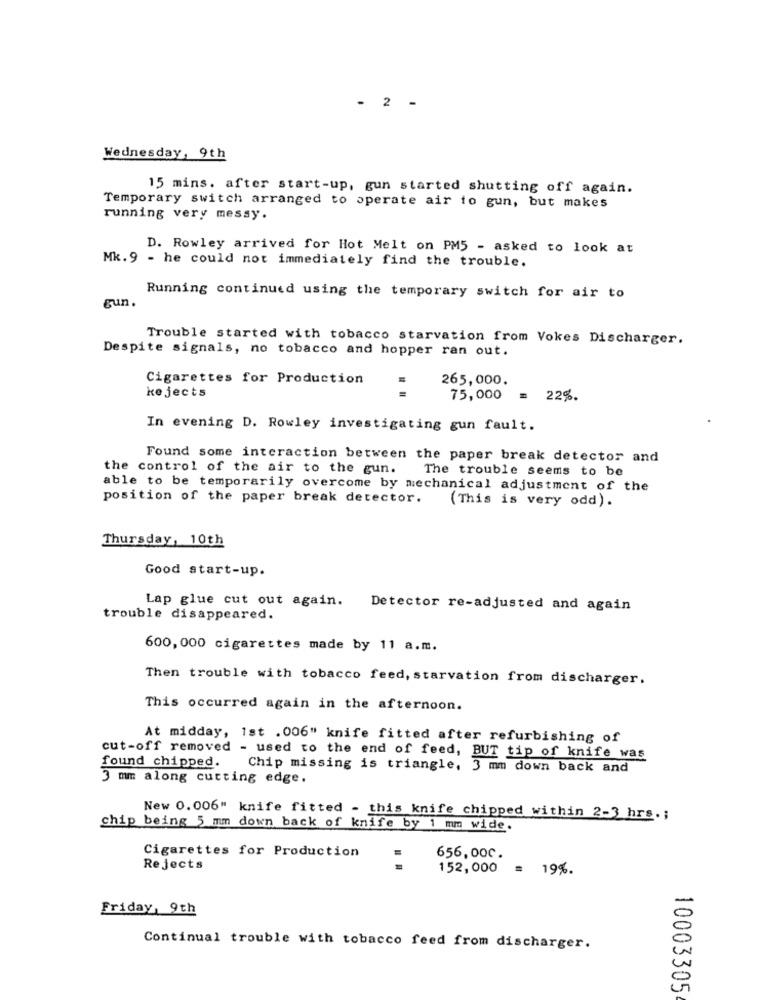
- 2 -
Wednesday, 9th
15 mins. after start-up, gun started shutting off again.
Temporary switch arranged to operate air to gun, but makes
running very messy.
D. Rowley arrived for Hot Melt on PM5 - asked to look at
Mk. 9 - he could not immediately find the trouble.
gun.
Running continued using the temporary switch for air to
Trouble started with tobacco starvation from Vokes Discharger.
Despite signals, no tobacco and hopper ran out.
Cigarettes for Production
265,000.
ke jects
75,000
= 22%.
In evening D. Rowley investigating gun fault.
Found some interaction between the paper break detector and
the control of the air to the gun. The trouble seems to be
able to be temporarily overcome by mechanical adjustment of the
position of the paper break detector.
(This is very odd).
Thursday, 10th
Good start-up.
Lap glue cut out again. Detector re-adjusted and again
trouble disappeared.
600, 000 cigarettes made by 11 a.m.
Then trouble with tobacco feed, starvation from discharger.
This occurred again in the afternoon.
At midday, 1st .006" knife fitted after refurbishing of
cut-off removed - used to the end of feed, BUT tip of knife was
found chipped.
Chip missing is triangle, 3 mm down back and
3 mm along cutting edge.
New 0.006" knife fitted - this knife chipped within 2-3 hrs .;
chip being 5 mm down back of knife by 1 mm wide.
Cigarettes for Production
656,000.
Rejects
152,000
= 19%.
Friday, 9th
Continual trouble with tobacco feed from discharger.
10003305